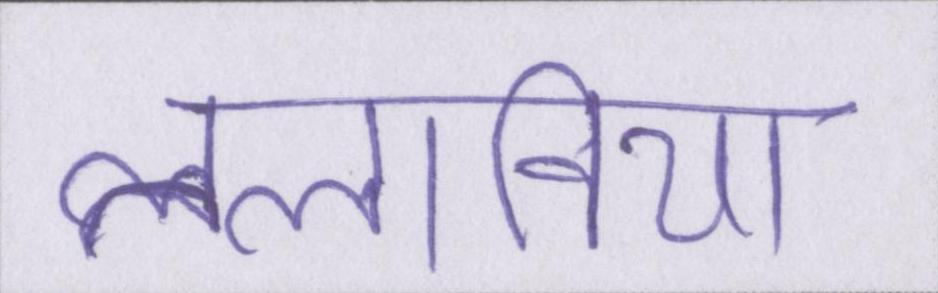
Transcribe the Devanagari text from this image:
तलाविया